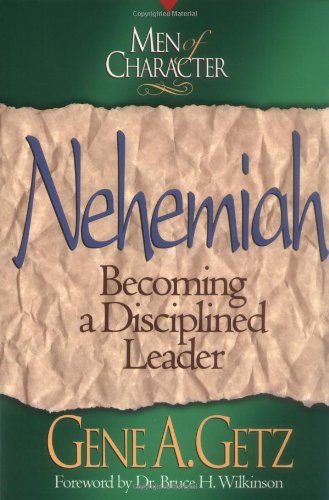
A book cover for Nehemiah : Becoming a Disciplined Leader (Men of Character); Gene A. Getz; Christian Books & Bibles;